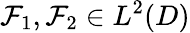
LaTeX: \mathcal{F}_{1},\mathcal{F}_{2}\in L^{2}(D)